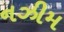
નઝીમ